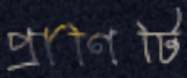
প্রাণিটি